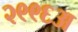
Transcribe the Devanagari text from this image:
२९९६अ